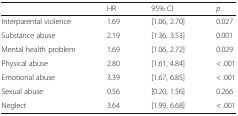
<table><thead><tr><td></td><td><b>HR</b></td><td><b>95% CI</b></td><td><b><i>p</i></b></td></tr></thead><tbody><tr><td>Interparental violence</td><td>1.69</td><td>[1.06, 2.70]</td><td>0.027</td></tr><tr><td>Substance abuse</td><td>2.19</td><td>[1.36, 3.53]</td><td>0.001</td></tr><tr><td>Mental health problem</td><td>1.69</td><td>[1.06, 2.72]</td><td>0.029</td></tr><tr><td>Physical abuse</td><td>2.80</td><td>[1.61, 4.84]</td><td>&lt; .001</td></tr><tr><td>Emotional abuse</td><td>3.39</td><td>[1.67, 6.85]</td><td>&lt; .001</td></tr><tr><td>Sexual abuse</td><td>0.56</td><td>[0.20, 1.56]</td><td>0.266</td></tr><tr><td>Neglect</td><td>3.64</td><td>[1.99, 6.68]</td><td>&lt; .001</td></tr></tbody></table>